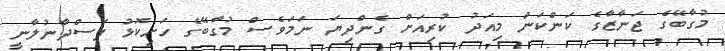
މުގާބޭގެ ޖަނާޒާގެ ކަންކަން މިއަދު ކުރިއަށް ގެންދިޔަ ނަމަވެސް މުގާބޭގެ ހަށިކޮޅު ފަސްދާނުލާނީ